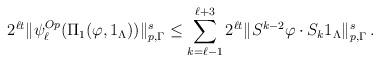
LaTeX: \begin{align*}2^{\ell t}& \| \psi_\ell^{Op}(\Pi_1(\varphi ,1_\Lambda ))\|^s_{p,\Gamma}\le \sum_{k=\ell-1}^{\ell+3}2^{\ell t} \|S^{k-2} \varphi \cdot S_k 1_\Lambda \|^s_{p,\Gamma}\, .\end{align*}